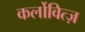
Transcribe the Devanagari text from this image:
कर्लोवित्ज़